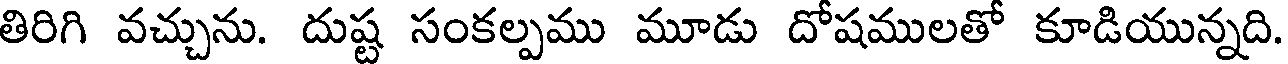
తిరిగి వచ్చును. దుష్ట సంకల్పము మూడు దోషములతో కూడియున్నది.